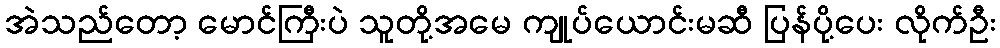
အဲသည်တော့ မောင်ကြီးပဲ သူတို့အမေ ကျုပ်ယောင်းမဆီ ပြန်ပို့ပေး လိုက်ဦး